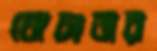
ঘোচাবার